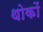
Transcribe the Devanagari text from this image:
थोकों